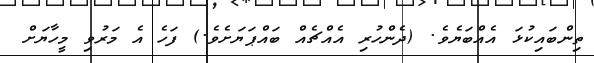
ތިންބައިކުޅަ އެއްބަޔެވެ. (ދެންހުރި އެއްޗެއް ބައްޕަޔަށެވެ.) ފަހެ އެ މަރުވި މީހާޔަށް